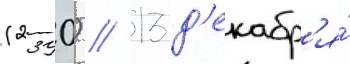
(2390) // 13 д'екабр'я́